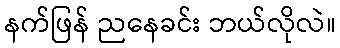
နက်ဖြန် ညနေခင်း ဘယ်လိုလဲ။